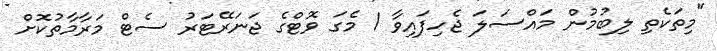
"މިތަކެތި ލިބުމުން މައްސަލަ ޖެހިފައިވާ 1 މެގަ ވޮޓްގެ ޖަނަރޭޓަރު ސެޓް މަރާމާތުކޮށް